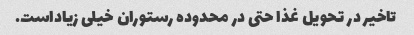
تاخیر در تحویل غذا حتی در محدوده رستوران خیلی زیاداست.